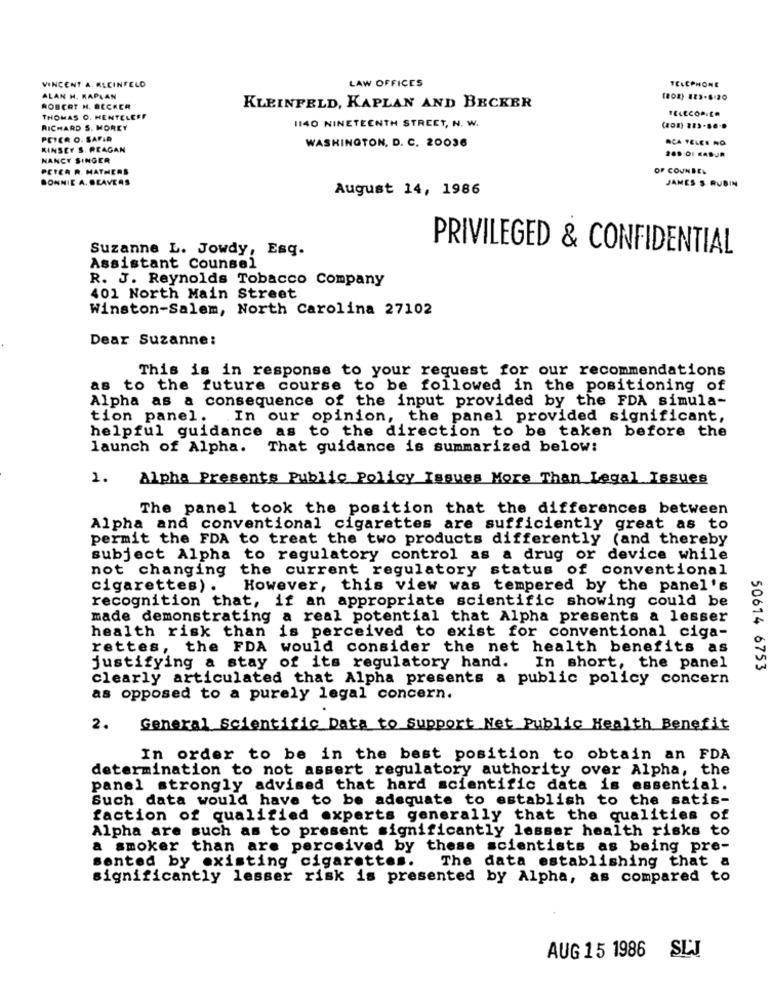
VINCENT A. MLCINFELO
LAW OFFICES
TELEPHONE
ALAN H. KAPLAN
(208) 823-8.20
ROBERT H. BECKER
KLEINFELD, KAPLAN AND BECKER
THOMAS O. HENTELEEF
1140 NINETEENTH STREET, N. W.
FELECOPILA
RICHARD S. MOREY
PETER O. SAFIR
RCA TELES NO
KINSEY S. REAGAN
WASHINGTON, D. C. 20036
NANCY SINGER
PETER R. MATHERS
OF COUNSEL
BONNIE A. SEAVERS
JAMES S. RUBIN
August 14, 1986
Suzanne L. Jowdy, Esq.
PRIVILEGED & CONFIDENTIAL
Assistant Counsel
R. J. Reynolds Tobacco Company
401 North Main Street
Winston-Salem, North Carolina 27102
Dear Suzanne:
This is in response to your request for our recommendations
as to the future course to be followed in the positioning of
Alpha as a consequence of the input provided by the FDA simula-
tion panel. . In our opinion, the panel provided significant,
helpful guidance as to the direction to be taken before the
launch of Alpha. That guidance is summarized below:
2.
Alpha Presents Public Policy Issues More Than Legal Issues
The panel took the position that the differences between
Alpha and conventional cigarettes are sufficiently great as to
permit the FDA to treat the two products differently (and thereby
subject Alpha to regulatory control as a drug or device while
not changing
the current regulatory status of conventional
cigarettes) .
However, this view was tempered by the panel's
recognition that, if an appropriate scientific showing could be
made demonstrating a real potential that Alpha presents a lesser
health risk than is perceived to exist for conventional ciga-
rettes, the FDA would consider the net health benefits as
justifying a stay of its regulatory hand.
In short, the panel
50614 6753
clearly articulated that Alpha presents a public policy concern
as opposed to a purely legal concern.
2.
General Scientific Data to Support Net Public Health Benefit
In order to be in the best position to obtain an FDA
determination to not assert regulatory authority over Alpha, the
panel strongly advised that hard scientific data is essential.
Such data would have to be adequate to establish to the satis-
faction of qualified experts generally that the qualities of
Alpha are such as to present significantly lesser health risks to
a smoker than are perceived by these scientists as being pre-
sented by existing cigarettes.
The data establishing that a
significantly lesser risk is presented by Alpha, as compared to
AUG 15 1986 SLJ